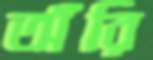
অঁরি